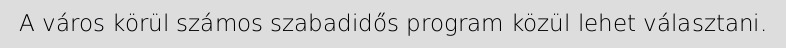
A város körül számos szabadidős program közül lehet választani.